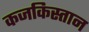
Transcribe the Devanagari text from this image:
कजकिस्तान